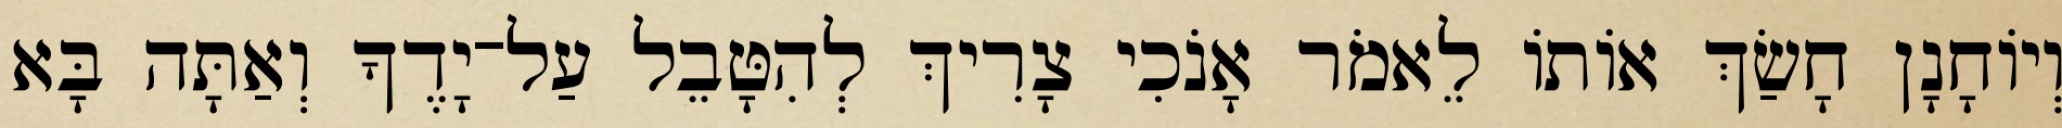
וְיוֹחָנָן חָשַׂךְ אוֹתוֹ לֵאמֹר אָנֹכִי צָרִיךְ לְהִטָּבֵל עַל־יָדֶךָ וְאַתָּה בָּא